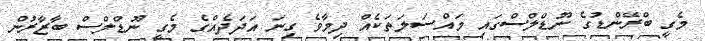
މެގީ ބްރޭންޑުގެ ނޫޑްލްސްގައި މައްސަލަތަކެއް ދިމާވެ ގިނަ އަދަދެއްގެ މެގީ ނޫޑްލްސް ބާޒާރުން